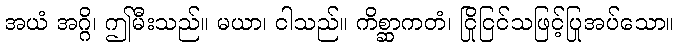
အယံ အဂ္ဂိ၊ ဤမီးသည်။ မယာ၊ ငါသည်။ ကိစ္ဆာကတံ၊ ငြိုငြင်သဖြင့်ပြုအပ်သော။